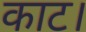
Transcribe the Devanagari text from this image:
काट।